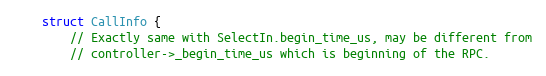
Language: C
    struct CallInfo {
        // Exactly same with SelectIn.begin_time_us, may be different from
        // controller->_begin_time_us which is beginning of the RPC.